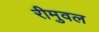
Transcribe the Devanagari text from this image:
रीमुवल